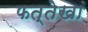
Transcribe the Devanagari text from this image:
फत्तेखां